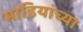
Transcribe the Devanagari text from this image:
माडियांच्या